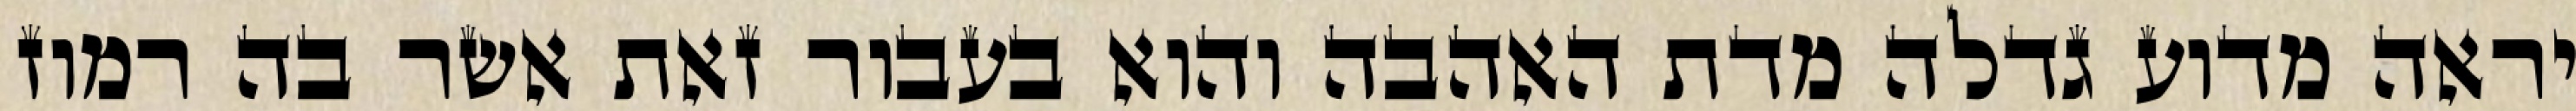
יראה מדוע גדלה מדת האהבה והוא בעבור זאת אשר בה רמוז